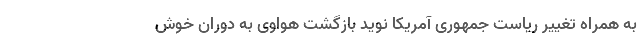
به همراه تغییر ریاست جمهوری آمریکا نوید بازگشت هواوی به دوران خوش